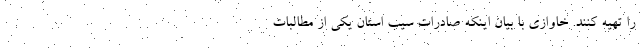
را تهیه کنند. خاوازی با بیان اینکه صادرات سیب استان یکی از مطالبات